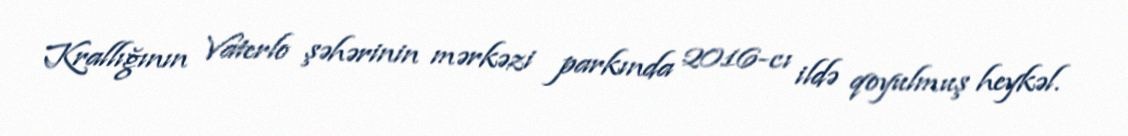
Krallığının Vaterlo şəhərinin mərkəzi parkında 2016-cı ildə qoyulmuş heykəl.